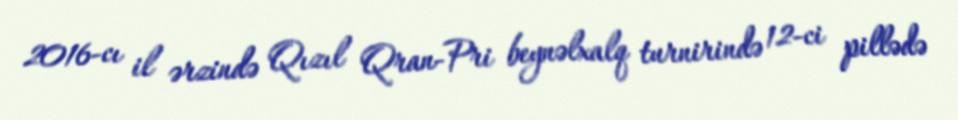
2016-cı il ərzində Qızıl Qran-Pri beynəlxalq turnirində 12-ci pillədə